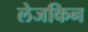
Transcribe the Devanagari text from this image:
लेजकिन